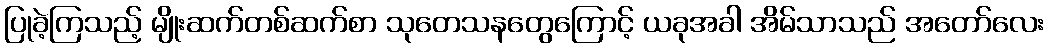
ပြုခဲ့ကြသည့် မျိုးဆက်တစ်ဆက်စာ သုတေသနတွေကြောင့် ယခုအခါ အိမ်သာသည် အတော်လေး